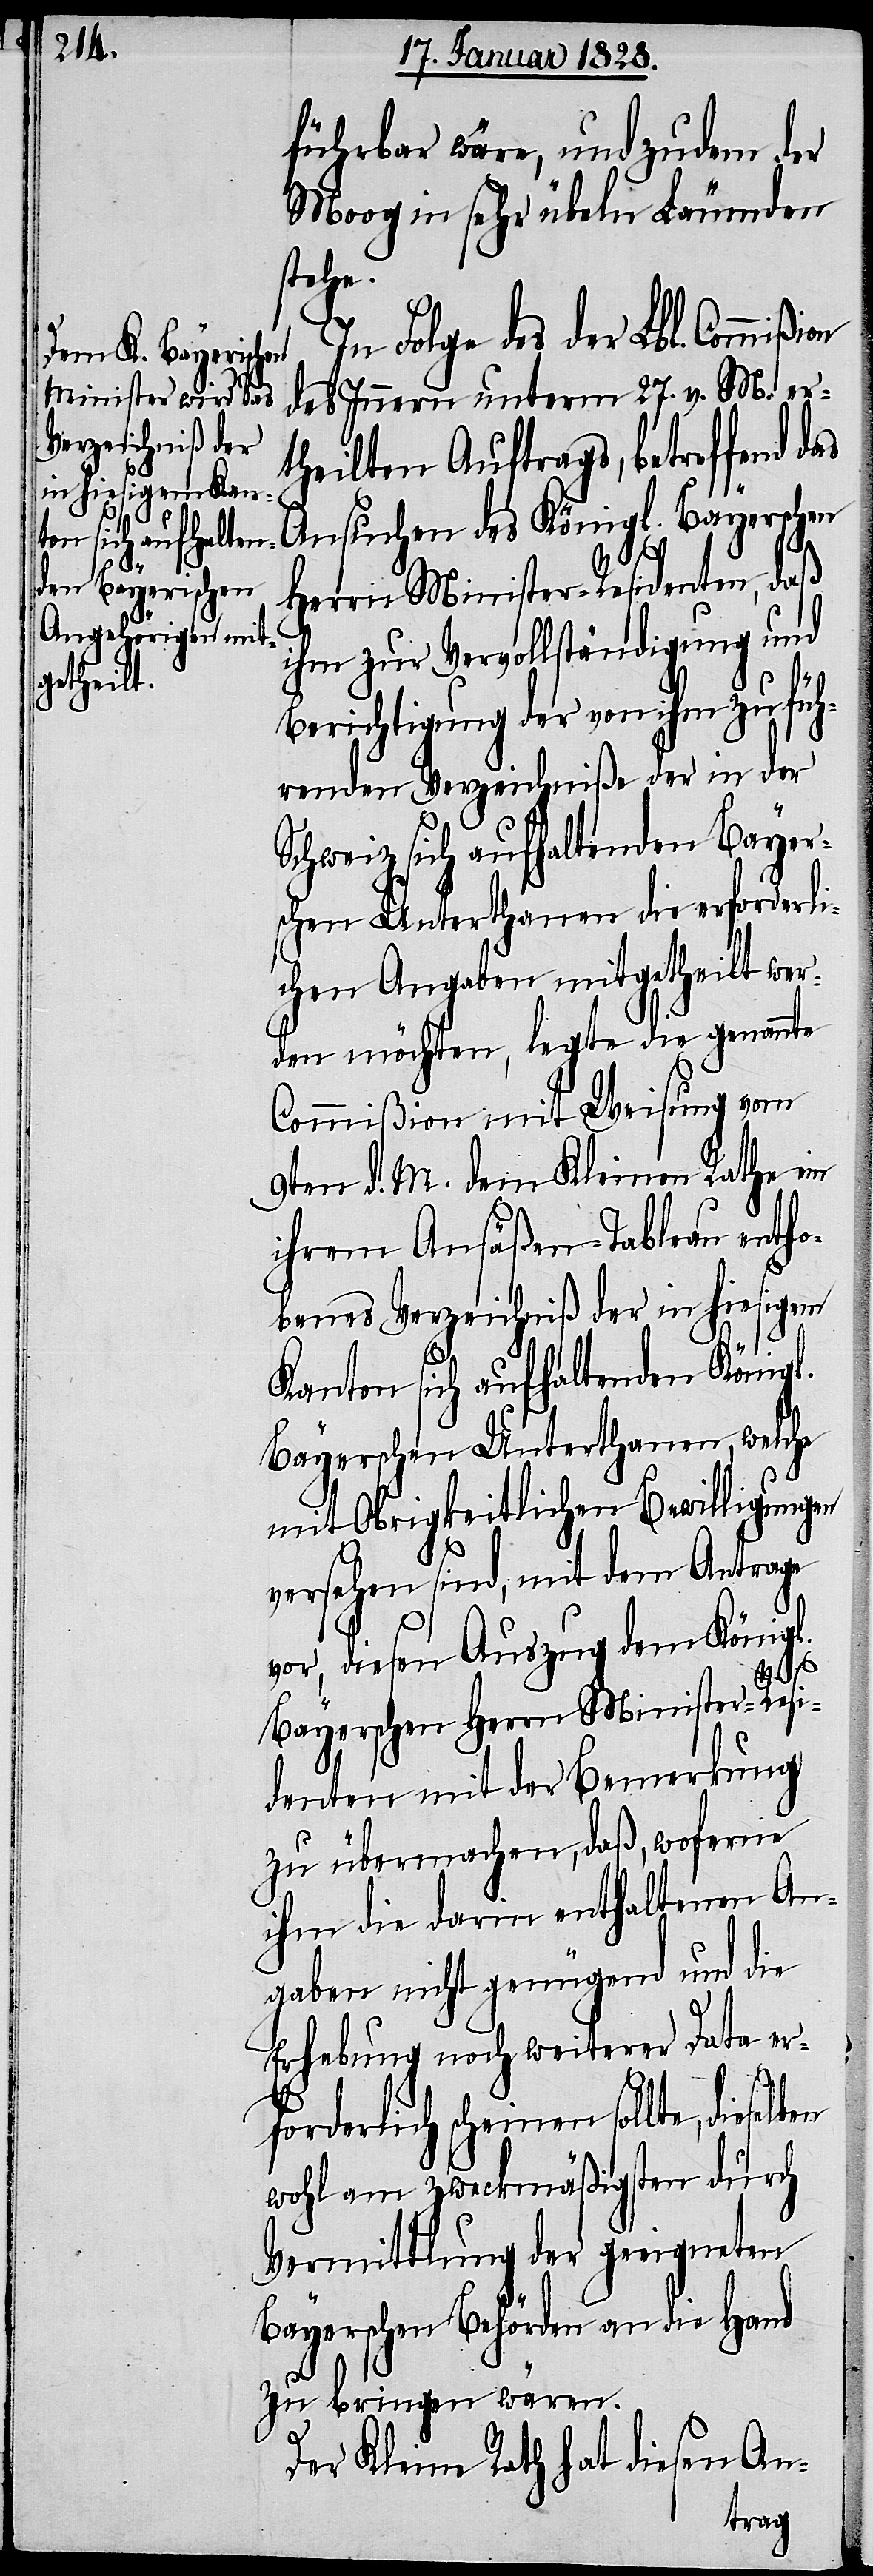
führbar wäre, und zudem der
Moog in sehr übeln Leumden
stehe.
In Folge des der Lbl. Commißi¬
des Innern unterm 27. v. M. er¬
theilten Auftrags, betreffend
Ansuchen des Königl. Bayerischen
Herrn Minister-Residenten, daß
ihm zur Vervollständigung und
Berichtigung der von ihm zu füh¬
renden Verzeichniße der in der
Schweiz sich aufhaltenden Bayer¬
schen Unterthanen die erforderli¬
chen Angaben mitgetheilt wer¬
den möchte, legte die genannte
Commißion mit Weisung vom
9ten d. M. dem Kleinen Rathe ein
ihrem Ansäßen-Tableau entho¬
benes Verzeichniß der in hiesigem
Kanton sich aufhaltenden Königl.
Bayerischen Unterthanen, welche
mit Obrigkeitlichen Bewilligungen
versehen sind, mit dem Antrage
vor, diesen Auszug dem König¬
l.
on
Bayerschen Herrn Minister-Resi¬
denten mit der Bemerkung
zu übermachen, daß, woferne
ihm die darin enthaltenen An¬
gaben nicht genügend und die
Erhebung noch weiterer Data er¬
forderlich scheinen sollte,
wohl am zweckmäßigsten durch
Vermittlung der geeigneten
Bayerschern Behörden an die Hand
zu bringen wären.
Der Kleine Rath hat diesen An-
ftrag